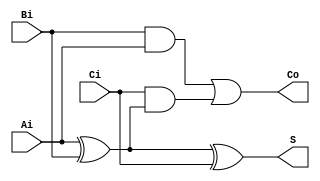
`timescale 1ns / 1ps
//////////////////////////////////////////////////////////////////////////////////
// Company: 
// Engineer: 
// 
// Design Name: 
// Module Name: FA_1
// Project Name: 
// Target Devices: 
// Tool Versions: 
// Description: 
// 
// Dependencies: 
// 
// Revision:
// Revision 0.01 - File Created
// Additional Comments:
// 
//////////////////////////////////////////////////////////////////////////////////

module FA_1(S,Co,Ai,Bi,Ci);


input Ai,Bi,Ci;
output S,Co;

wire s1,s2,s3;

xor(s1,Ai,Bi);
xor(S,s1,Ci);

and(s2,Bi,Ai);
and(s3,Ci,s1);

or(Co,s2,s3);

endmodule